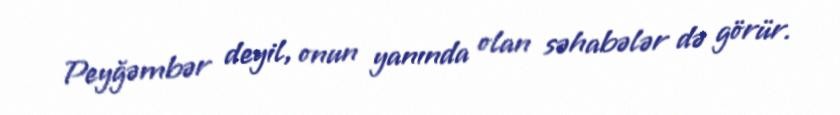
Peyğəmbər deyil, onun yanında olan səhabələr də görür.